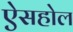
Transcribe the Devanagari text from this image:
ऐसहोल